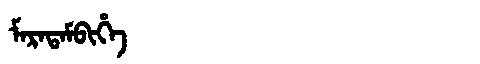
Manchu: ᠮᠠᡵᠠᡨᠠᠮᠪᡳᡥᡝ
Romanization: MARATAMBIHE